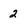
Character: 2